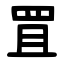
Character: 罝